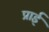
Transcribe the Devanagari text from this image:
प्राई